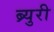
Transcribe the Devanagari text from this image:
ब्र्युरी